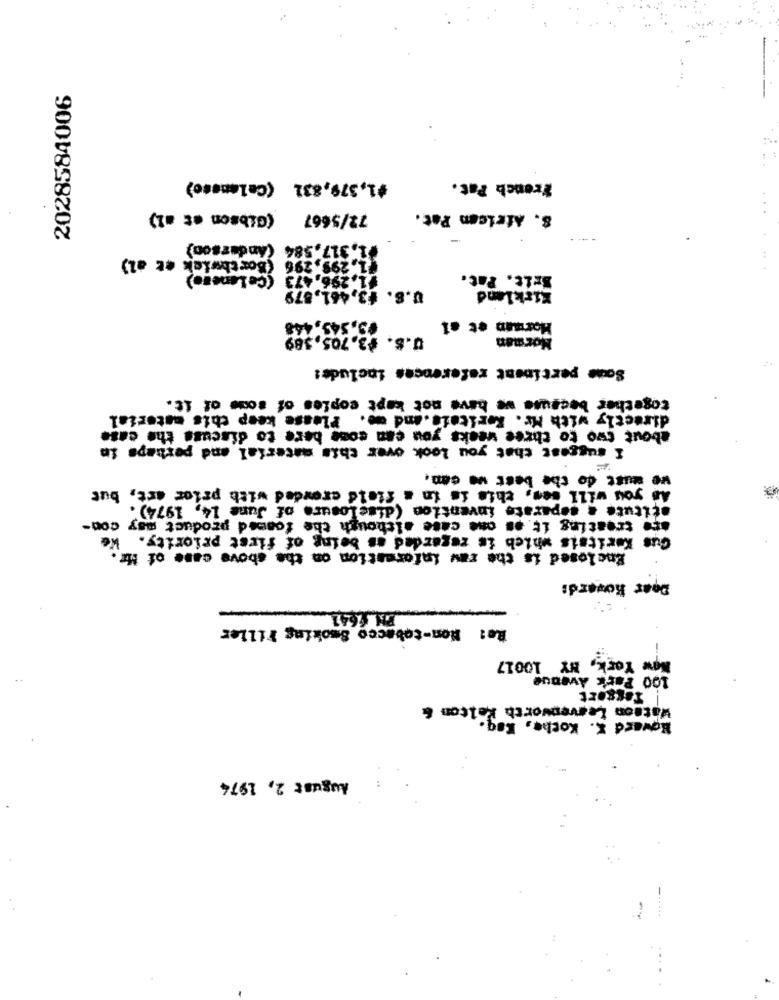
2028584006
$1,379,831 (Calansse)
French Pat.
(Gibson et =2)
72/5667
8. Atricen Pat.
(Anderson)
317,584
(Borthwick et al)
299
$.296
(Celanese)
1.296,473
Brit. Pat.
U.S. +3,461,879
Kirkland
#5.543,448
0.5. $3.705,389
Morman
Some pertinent references include!
together because we have not kept copies of some of it.
directly with Mr. Reritein.and me. Please keep this material
about two to three weeks you can come bere to discuss the case
I suggest that you look over this material and perhaps in
we must do the best we can.
As you will ses, this is in a field crowded with prior art, but
atitute a separate invention (disclosure of June 14, 1974).
are treating it. os one case although the foamed product may con-
Gus Keritais which is regarded as being of first priority. We
Enclosed is the raw information on the above case of Mr
Dear Kowerd:
PG16641
Re: Non-tobacco Smoking Filler
New York, NY 10017
100 Park Avenue
Tagsort
Watson Leavenworth Kelton &
Howard X. Kothe, Kag.
August 2, 1974